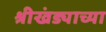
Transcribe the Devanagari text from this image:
श्रीखंड्याच्या